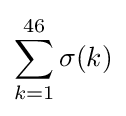
\sum _{k=1}^{46}\sigma (k)